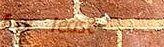
for lease